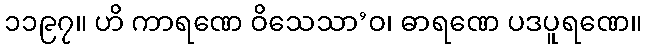
၁၁၉၇။ ဟိ ကာရဏေ ဝိသေသာ’ဝ၊ ဓာရဏေ ပဒပူရဏေ။